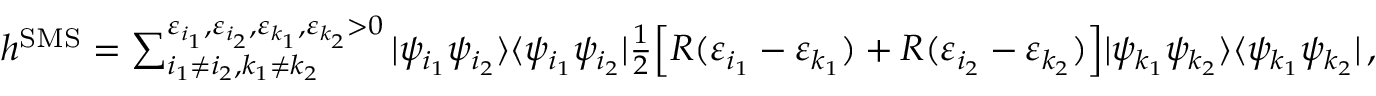
\begin{array} { r } { h ^ { \mathrm { S M S } } = \sum _ { i _ { 1 } \neq i _ { 2 } , k _ { 1 } \neq k _ { 2 } } ^ { \varepsilon _ { i _ { 1 } } , \varepsilon _ { i _ { 2 } } , \varepsilon _ { k _ { 1 } } , \varepsilon _ { k _ { 2 } } > 0 } | \psi _ { i _ { 1 } } \psi _ { i _ { 2 } } \rangle \langle \psi _ { i _ { 1 } } \psi _ { i _ { 2 } } | \frac { 1 } { 2 } \Big [ R ( \varepsilon _ { i _ { 1 } } - \varepsilon _ { k _ { 1 } } ) + R ( \varepsilon _ { i _ { 2 } } - \varepsilon _ { k _ { 2 } } ) \Big ] | \psi _ { k _ { 1 } } \psi _ { k _ { 2 } } \rangle \langle \psi _ { k _ { 1 } } \psi _ { k _ { 2 } } | \, , } \end{array}